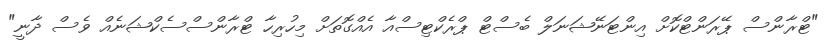
"ޓްރާންސް ޕޭރަންޓްކޮށް އިންޓަނޭޝަނަލް ބެސްޓް ޕްރެކްޓިސްއާ އެއްގޮތަށް މިހުރިހާ ޓްރާންސްސެކްޝަނެއް ވެސް ދާނީ"